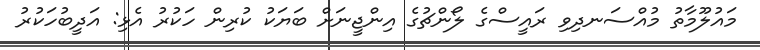
މައުލޫމާތު މުއްސަނދިވި ރައީސްގެ ލޯންޗުގެ އިންޖީނަށް ބަޔަކު ކުރިން ހަކުރު އެޅި: އަދީބުހަކުރު